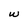
Character: W